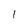
Character: 1